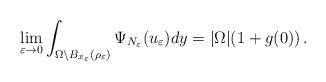
LaTeX: \begin{align*}\lim_{\varepsilon\to 0}\int_{\Omega\backslash B_{x_\varepsilon}(\rho_\varepsilon)}\Psi_{N_\varepsilon}(u_\varepsilon) dy=|\Omega|(1+g(0))\,.\end{align*}